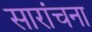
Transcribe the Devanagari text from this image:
सारांचना